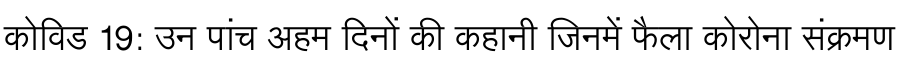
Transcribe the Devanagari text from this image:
कोविड 19: उन पांच अहम दिनों की कहानी जिनमें फैला कोरोना संक्रमण